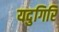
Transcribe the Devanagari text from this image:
यदुगिरि